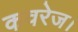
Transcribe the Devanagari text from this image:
कवरेज।